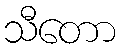
သီတော